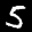
Label: 5